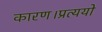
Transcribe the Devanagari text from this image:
कारण।प्रत्ययो